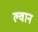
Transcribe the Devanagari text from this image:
ल्वान